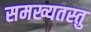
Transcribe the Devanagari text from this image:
समख्यतस्तु